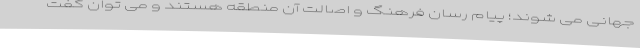
جهانی می شوند؛ پیام رسان فرهنگ و اصالت آن منطقه هستند و می توان گفت